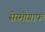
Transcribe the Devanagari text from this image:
सेस्मोग्राफ